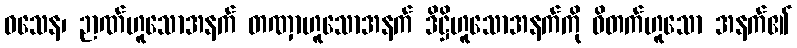
ဝသေန၊ ဉာဏ်ဟူသောအနက် တဏှာဟူသောအနက် ဒိဋ္ဌိဟူသောအနက်ကို ဝိတက်ဟူသော အနက်၏